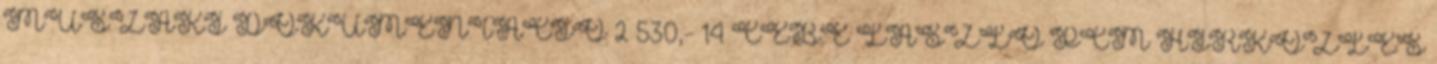
MŰSZAKI DOKUMENTÁCIÓ 2 530,- 14 CEBE LÁSZLÓ PCM HÍRKÖZLÉS